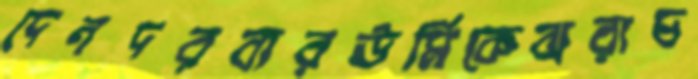
দেনদরবারঊর্মিকেঝরাচ